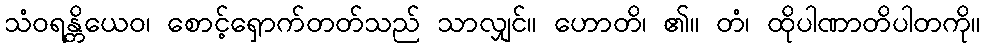
သံဝရန္တိယေဝ၊ စောင့်ရှောက်တတ်သည် သာလျှင်။ ဟောတိ၊ ၏။ တံ၊ ထိုပါဏာတိပါတကို။